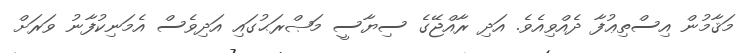
މަޤާމުން އިސްތިޢުފާ ދެއްވިއެވެ. އަދި ރާއްޖޭގެ ސިޔާސީ މަޞްރަޙުގައި އަދިވެސް އެމަނިކުފާނު ވަރަށް